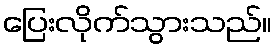
ပြေးလိုက်သွားသည်။